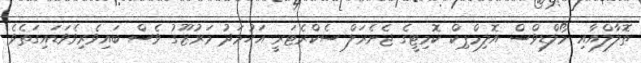
ތޮލާލްއާއި މޯލްޑިވްސް އޮލިމްޕިކް ކޮމިޓީގެ ޖެނެރަލް ސެކްރެޓަރީ އަހުމަދު މަރުޒޫގު ވެސް ބައިވެރިވެވަޑައިގަތެވެ.